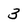
Character: 3